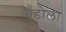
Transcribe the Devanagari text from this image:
ब्रँडोला